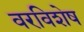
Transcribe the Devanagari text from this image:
वरविशेष